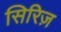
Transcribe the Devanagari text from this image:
सिरिज़